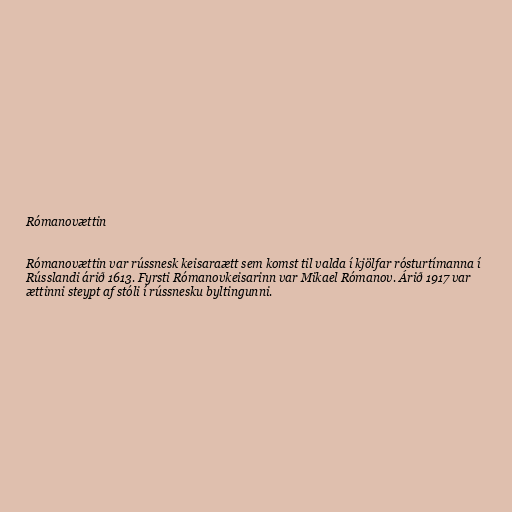
Rómanovættin

Rómanovættin var rússnesk keisaraætt sem komst til valda í kjölfar rósturtímanna í
Rússlandi árið 1613. Fyrsti Rómanovkeisarinn var Mikael Rómanov. Árið 1917 var
ættinni steypt af stóli í rússnesku byltingunni.